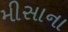
મીસાના